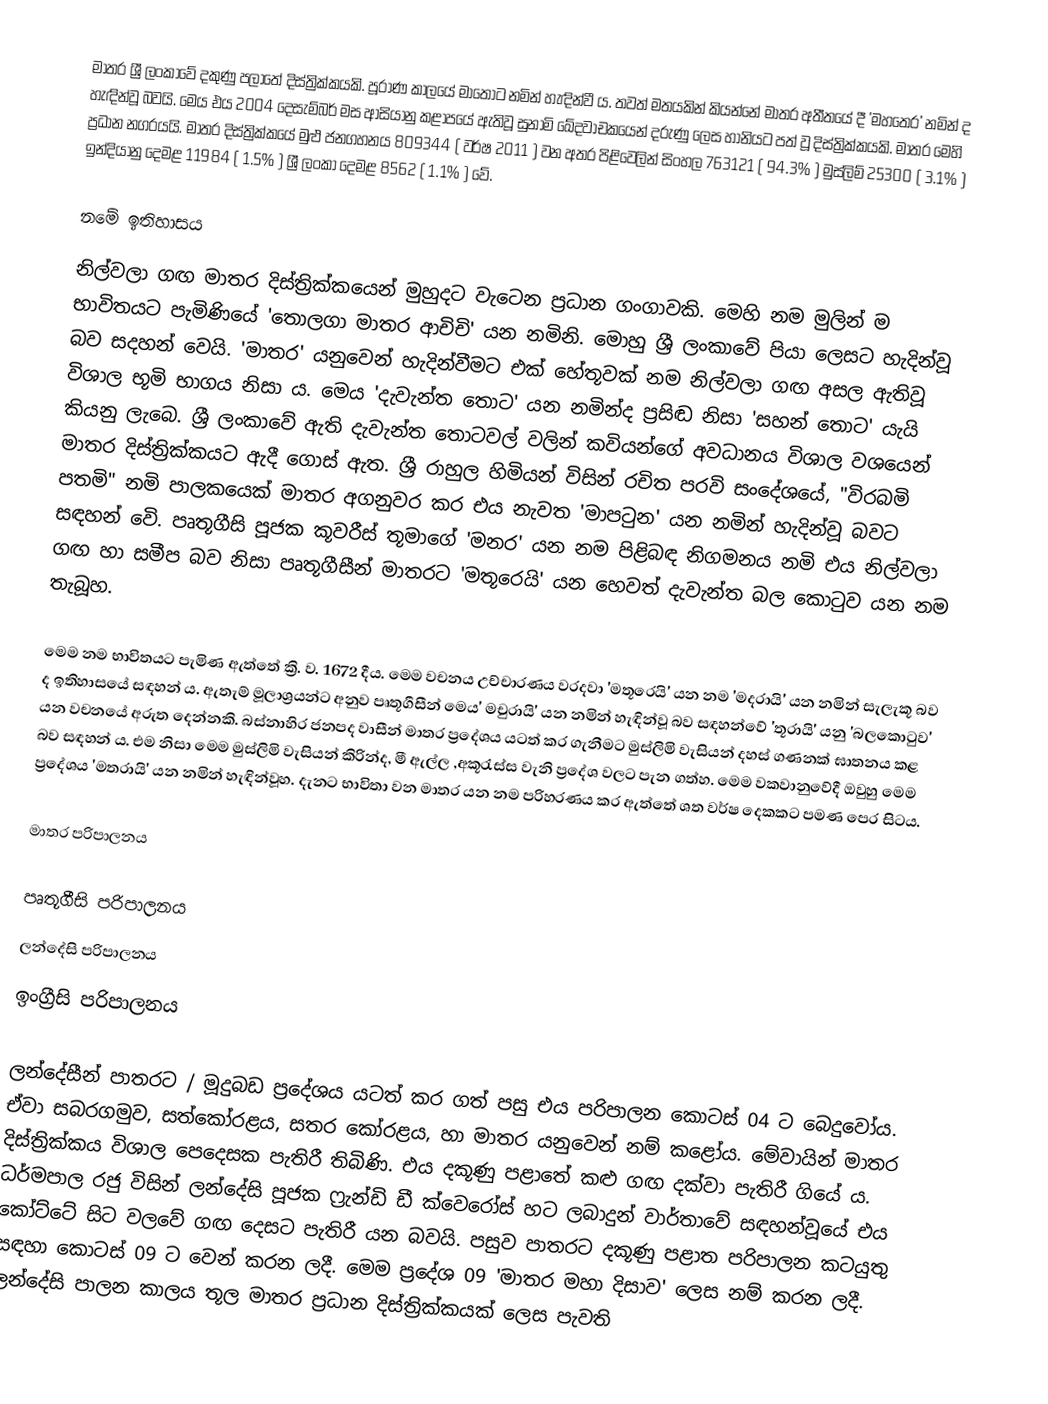
මාතර ශ්‍රී ලංකාවේ දකුණු පලාතේ දිස්ත්‍රික්කයකි. පූරාණ කාලයේ මාතොට නමින් හැඳින්වී ය. තවත් මතයකින් කියන්නේ මාතර අතීතයේ දී 'මහතෙර' නමින් ද හැඳින්වූ බවයි. මෙය එය 2004 දෙසැම්බර් මස ආසියානු කළාපයේ ඇතිවූ සුනාමි ඛේදවාචකයෙන් දරුණු ලෙස හානියට පත් වූ දිස්ත්‍රික්කයකි. මාතර මෙහි ප්‍රධාන නගරයයි. මාතර දිස්ත්‍රික්කයේ මුළු ජනගහනය 809344 ( වර්ෂ 2011 ) වන අතර  පිළිවෙලින් සිංහල 763121 ( 94.3% ) මුස්ලිම් 25300 ( 3.1% ) ඉන්දියානු දෙමළ 11984 ( 1.5% ) ශ්‍රී ලංකා දෙමළ 8562 ( 1.1% )  වේ.

නමේ ඉතිහාසය
නිල්වලා ගඟ මාතර දිස්ත්‍රික්කයෙන් මුහුදට වැටෙන ප්‍රධාන ගංගාවකි. මෙහි නම මුලින් ම භාවිතයට පැමිණියේ 'තොලගා මාතර ආචිචි' යන නමිනි. මොහු ශ්‍රී ලංකාවේ පියා ලෙසට හැදින්වූ බව සදහන් වෙයි. 'මාතර' යනුවෙන් හැදින්වීමට එක් හේතූවක් නම නිල්වලා ගඟ අසල ඇතිවූ විශාල භූමි භාගය නිසා ය. මෙය 'දැවැන්ත තොට' යන නමින්ද ප්‍රසිඬ නිසා 'සහන් තොට' යැයි කියනු ලැබෙ. ශ්‍රී ලංකාවේ ඇති දැවැන්ත තොටවල් වලින් කවියන්ගේ අවධානය විශාල වශයෙන් මාතර දිස්ත්‍රික්කයට ඇදී ගොස් ඇත. ශ්‍රී රාහුල හිමියන් විසින් රචිත පරවි සංදේශයේ, "විරබමි පතමි" නමි පාලකයෙක් මාතර අගනුවර කර එය නැවත 'මාපටුන' යන නමින් හැදින්වූ බවට සඳහන් වෙි. පෘතූගීසි පූජක කූවරීස් තූමාගේ 'මනර' යන නම පිළිබඳ නිගමනය නමි එය නිල්වලා ගඟ හා සමීප බව නිසා පෘතූගීසීන් මාතරට 'මතූරෙයි' යන හෙවත් දැවැන්ත බල කොටුව යන නම තැබූහ.

මෙම නම භාවිතයට පැමිණ ඇත්තේ ක්‍රි. ව. 1672 දීය. මෙම වචනය උච්චාරණය වරදවා 'මතූරෙයි' යන නම 'මදරායි' යන නමින් සැලැකූ බව ද ඉතිහාසයේ සඳහන් ය. ඇතැම් මූලාශ්‍රයන්ට අනුව පෘතූගීසීන් මෙය' මචුරායි' යන නමින් හැඳින්වූ බව සඳහන්වේ 'තූරායි' යනු 'බලකොටුව' යන වචනයේ අරුත දෙන්නකි. බස්නාහිර ජනපද වාසීන් මාතර ප්‍රදේශය යටත් කර ගැනීමට මුස්ලිමි වැසියන් දහස් ගණනක් ඝාතනය කළ බව සඳහන් ය.  එම නිසා මෙම මුස්ලිමි වැසියන් කිරින්ද, මී ඇල්ල ,අකූරැස්ස වැනි ප්‍රදේශ වලට පැන ගත්හ. මෙම වකවානුවේදී ඔවුහු මෙම ප්‍රදේශය 'මතරායි' යන නමින් හැඳින්වූහ. දැනට භාවිතා වන මාතර යන නම පරිහරණය කර ඇත්තේ ශත වර්ෂ දෙකකට පමණ පෙර සිටය.

මාතර පරිපාලනය

පෘතූගීසි පරිපාලනය
ලන්දේසි පරිපාලනය
ඉංග්‍රීසි පරිපාලනය

ලන්දේසීන් පාතරට / මූදුබඩ ප්‍රදේශය යටත් කර ගත් පසු එය පරිපාලන කොටස් 04 ට බෙදුවෝය. ඒවා සබරගමුව, සත්කෝරළය, සතර කෝරළය, හා මාතර යනුවෙන් නම් කළෝය. මේවායින් මාතර දිස්ත්‍රික්කය විශාල පෙදෙසක පැතිරී තිබිණි. එය දකූණු පළාතේ කළු ගඟ දක්වා පැතිරී ගියේ ය. ධර්මපාල රජු විසින් ලන්දේසි පූජක ෆ්‍රැන්ඩි ඩී ක්වෙරෝස් හට ලබාදුන් වාර්තාවේ සඳහන්වූයේ එය කෝට්ටේ සිට වලවේ ගඟ දෙසට පැතිරී යන බවයි. පසුව පාතරට දකූණු පළාත පරිපාලන කටයුතු සඳහා කොටස් 09 ට වෙන් කරන ලදී. මෙම ප්‍රදේශ 09 'මාතර මහා දිසාව' ලෙස නම් කරන ලදී. ලන්දේසි පාලන කාලය තූල මාතර ප්‍රධාන දිස්ත්‍රික්කයක් ලෙස පැවති